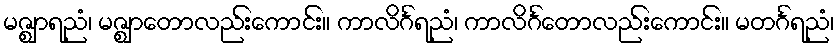
မဇ္ဈာရညံ၊ မဇ္ဈာတောလည်းကောင်း။ ကာလိင်္ဂရညံ၊ ကာလိင်္ဂတောလည်းကောင်း။ မတင်္ဂရညံ၊